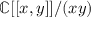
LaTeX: \mathbb { C } [ [ x , y ] ] / ( x y )